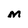
Character: M